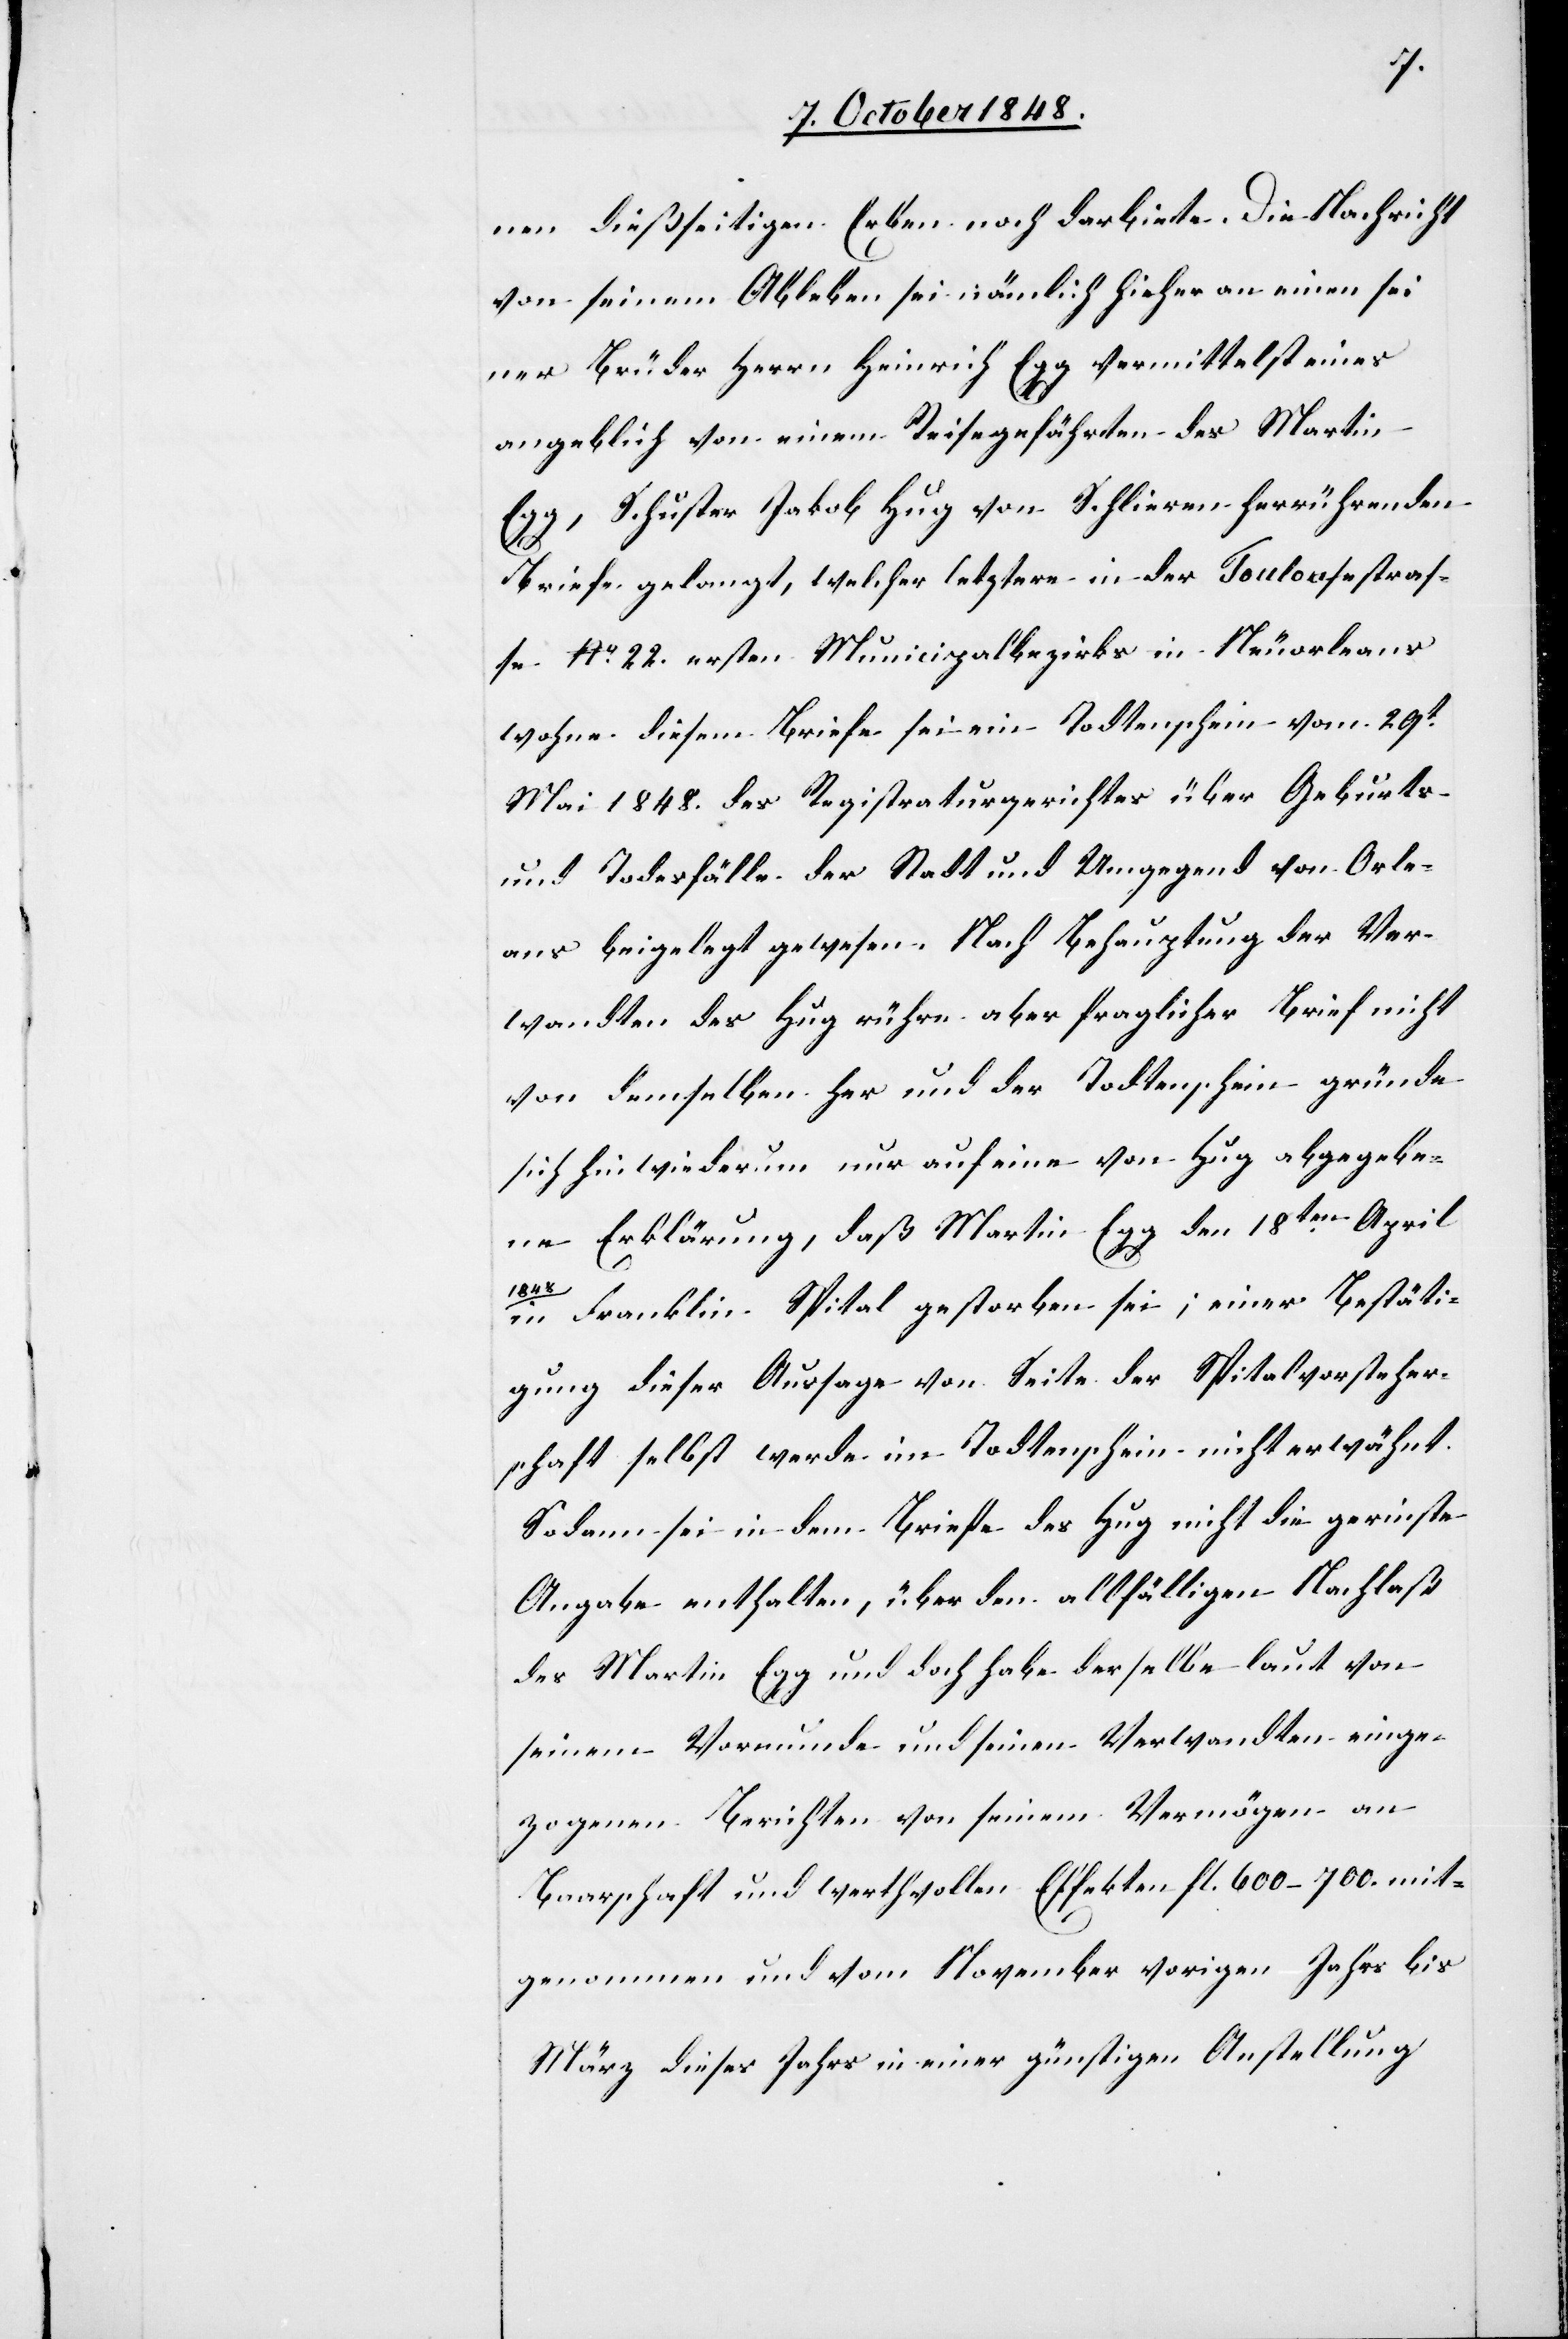
nen dießseitigen Erben noch darbiete. Die Nachricht
von seinem Ableben sei nämlich hieher an einen sei¬
ner Brüder Herrn Heinrich Egg vermittelst eines
angeblich von einem Reisegefährten des Martin
Egg, Schuster Jakob Hug von Schlieren herrührenden
Briefe gelangt, welcher letztere in der Toulousestraß¬
e No 22. ersten Municipalbezirks in Neuorleans
wohne diesem Briefe sei ein Todtenschein vom 29t.
Mai 1848. des Registraturgerichtes über Geburts-
und Todesfälle der Stadt und Umgegend von Orle¬
ans beigelegt gewesen. Nach Behauptung der Ver¬
wandten des Hug rühre aber fraglicher Brief nicht
von demselben her und der Todtenschein gründe
sich hinwiederum nur auf eine von Hug abgegebe¬
ne Erklärung, daß Martin Egg den 18ten. April
1848.
in Franklin Spital gestorben sei; einer Bestäti¬
gung dieser Aussage von Seite der Spitalvorsteher¬
schaft selbst werde im Todtenschein nicht erwähnt.
Sodann sei in dem Briefe des Hug nicht die geringste
Angabe enthalten, über den allfälligen Nachlaß
des Martin Egg und doch habe derselbe laut von
seinem Vormunde und seinen Verwandten einge¬
zogenen Berichten von seinem Vermögen an
Baarschaft und werthvollen Effekten fl. 600–700. mit¬
genommen und vom November vorigen Jahrs bis
März dieses Jahrs in einer günstigen Anstellung